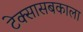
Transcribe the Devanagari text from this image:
टेक्सासबकाला